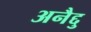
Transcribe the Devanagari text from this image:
अनैद्दु